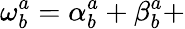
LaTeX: \mathbf{\omega}_{b}^{a}=\mathbf{\alpha}_{b}^{a}+\mathbf{\beta}_{b}^{a}+